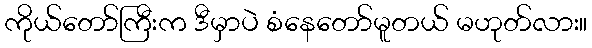
ကိုယ်တော်ကြီးက ဒီမှာပဲ စံနေတော်မူတယ် မဟုတ်လား။